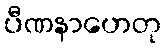
ပီဏနာဟေတု